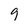
Character: 9